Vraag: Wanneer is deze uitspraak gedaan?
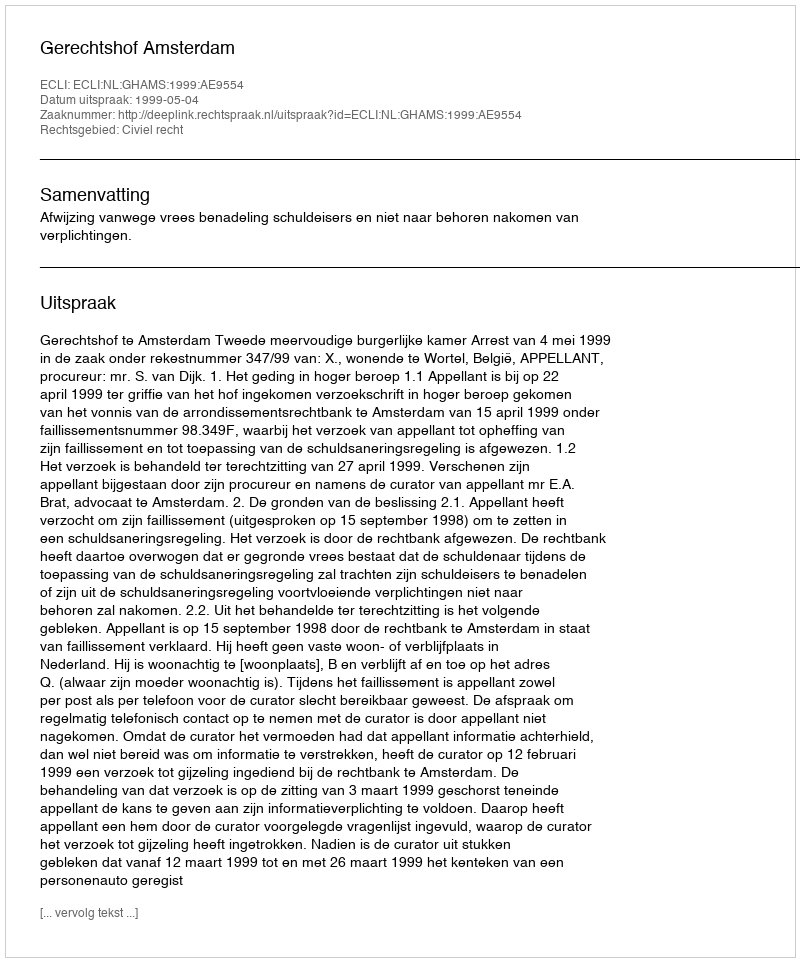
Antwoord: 1999-05-04